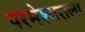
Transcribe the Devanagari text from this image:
परमेश्‍वराला